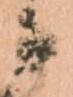
候